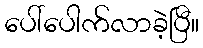
ပေါ်ပေါက်လာခဲ့ပြီ။